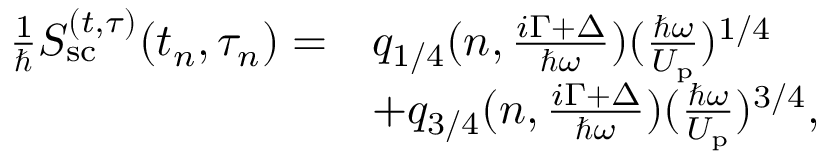
\begin{array} { r l } { \frac { 1 } { \hbar } S _ { \mathrm { s c } } ^ { ( t , \tau ) } ( t _ { n } , \tau _ { n } ) = } & { q _ { 1 / 4 } ( n , \frac { i \Gamma + \Delta } { \hbar \omega } ) ( \frac { \hbar \omega } { U _ { \mathrm { p } } } ) ^ { 1 / 4 } } \\ & { + q _ { 3 / 4 } ( n , \frac { i \Gamma + \Delta } { \hbar \omega } ) ( \frac { \hbar \omega } { U _ { \mathrm { p } } } ) ^ { 3 / 4 } , } \end{array}